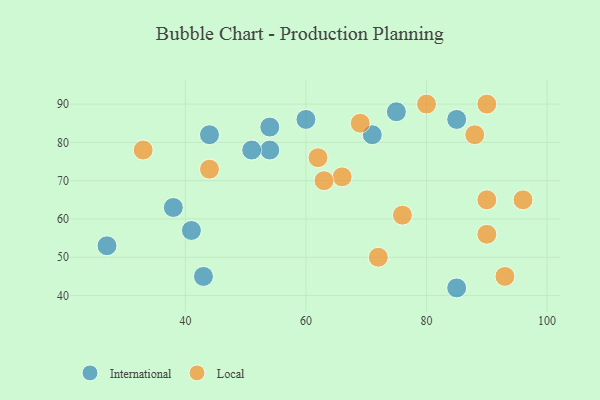
{"axis": {"x": "GDP", "y": "Life Expectancy"}, "legend": ["International", "Local"], "data": [{"x": "85", "y": 42, "type": "International"}, {"x": "54", "y": 78, "type": "International"}, {"x": "27", "y": 53, "type": "International"}, {"x": "38", "y": 63, "type": "International"}, {"x": "51", "y": 78, "type": "International"}, {"x": "75", "y": 88, "type": "International"}, {"x": "60", "y": 86, "type": "International"}, {"x": "41", "y": 57, "type": "International"}, {"x": "54", "y": 84, "type": "International"}, {"x": "44", "y": 82, "type": "International"}, {"x": "43", "y": 45, "type": "International"}, {"x": "85", "y": 86, "type": "International"}, {"x": "71", "y": 82, "type": "International"}, {"x": "93", "y": 45, "type": "Local"}, {"x": "66", "y": 71, "type": "Local"}, {"x": "72", "y": 50, "type": "Local"}, {"x": "80", "y": 90, "type": "Local"}, {"x": "96", "y": 65, "type": "Local"}, {"x": "88", "y": 82, "type": "Local"}, {"x": "69", "y": 85, "type": "Local"}, {"x": "90", "y": 90, "type": "Local"}, {"x": "90", "y": 56, "type": "Local"}, {"x": "63", "y": 70, "type": "Local"}, {"x": "33", "y": 78, "type": "Local"}, {"x": "62", "y": 76, "type": "Local"}, {"x": "44", "y": 73, "type": "Local"}, {"x": "90", "y": 65, "type": "Local"}, {"x": "76", "y": 61, "type": "Local"}]}